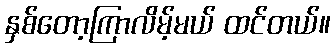
နှစ်တော့ကြာလိမ့်မယ် ထင်တယ်။